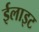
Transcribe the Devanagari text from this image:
ईलाइट